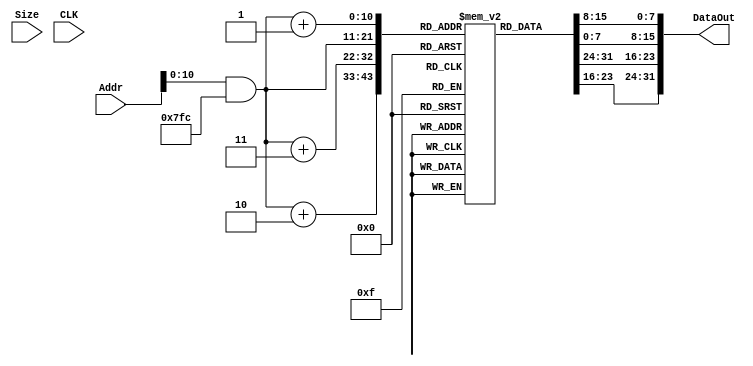

//---------------------------------instruction cache----------------------------------
module InstMem(Addr, Size, DataOut, CLK);
   input [31:0] Addr;
   input [1:0] 	Size;
   output [31:0] DataOut;
   reg [31:0] DataOut;   
   input 	CLK;
   reg [7:0] 	Mem[0:1024];
   wire [31:0] 	AddrW;

   // Addresses are word aligned
   assign AddrW = Addr & 32'hfffffffc;

   // Little endian 
   always @ *
     DataOut = {Mem[AddrW+3], Mem[AddrW+2], 
		Mem[AddrW+1], Mem[AddrW]};
      
endmodule // InstMem

//---------------------------------data cache---------------------------------------------
module DataMem(Addr, Size,load_extend_sign, DataIn, DataOut, WEN, CLK);
   input [31:0] Addr;
   input [1:0] 	Size; 
   input load_extend_sign;  
   input [31:0] DataIn;   
   output [31:0] DataOut;
   reg [31:0] DataOut;   
   input      WEN, CLK;
   reg [7:0] 	Mem[0:1024];

   wire [31:0] 	AddrH, AddrW;

   assign AddrH = Addr & 32'hfffffffe;
   assign AddrW = Addr & 32'hfffffffc;

//load memory
   always @ * 
     DataOut = (Size == 2'b00 && load_extend_sign==1'b1) ? {{24{Mem[Addr][7]}},Mem[Addr]} :  // byte
      (Size == 2'b00 && load_extend_sign==1'b0)?{24'b0,Mem[Addr]}:// unsigned
	       (Size == 2'b01 && load_extend_sign==1'b1) ? {{16{Mem[AddrH+1][7]}},Mem[AddrH+1],Mem[AddrH]} : // half word, 2 bytes
		((Size == 2'b01 && load_extend_sign==1'b0)?{16'b0,Mem[AddrH+1],Mem[AddrH]}: // unsigned
      {Mem[AddrW+3], Mem[AddrW+2], Mem[AddrW+1], Mem[AddrW]}); //word, 4 bytes
 //write to memory  
   always @ (negedge CLK)
     if (!WEN) begin
	case (Size)
	  2'b00: begin // Write byte
	     Mem[Addr] <= DataIn[7:0];
	  end
	  2'b01: begin  // Write halfword
	     Mem[AddrH] <= DataIn[7:0];
	     Mem[AddrH+1] <= DataIn[15:8];
	  end
	  2'b10, 2'b11: begin // Write word
	     Mem[AddrW] <= DataIn[7:0];
	     Mem[AddrW+1] <= DataIn[15:8];
	     Mem[AddrW+2] <= DataIn[23:16];
	     Mem[AddrW+3] <= DataIn[31:24];
	  end
	endcase // case (Size)
     end // if (!WEN)
      
endmodule // InstMem
//---------------------------------------register file----------------------------------
module RegFile(AddrA, DataOutA,
	       AddrB, DataOutB,
	       AddrW, DataInW, WenW, CLK);
   input [4:0] AddrA, AddrB, AddrW;
   output [31:0] DataOutA, DataOutB;
   reg [31:0] DataOutA, DataOutB;   
   input [31:0]  DataInW;
   input 	 WenW, CLK;
   reg [31:0] 	 Mem[0:31];
   
   always @ * begin
      // Remember that x0 == 0
      DataOutA = (AddrA == 0) ? 32'h00000000 : Mem[AddrA];
      DataOutB = (AddrB == 0) ? 32'h00000000 : Mem[AddrB]; 
   end

   always @ (negedge CLK) begin
     if (!WenW) begin
       Mem[AddrW] <= DataInW;
     end
      Mem[0] <= 0; // Enforce the invariant that x0 = 0
   end
   
endmodule // RegFile

// ------------------------------------register----------------------------------
module Reg(Din, Qout, WEN, CLK, RST);
   parameter width = 32;
   input [width-1:0] Din;
   output [width-1:0] Qout;
   input 	      WEN, CLK, RST;

   reg [width-1:0]    Qout;
   
   always @ (negedge CLK or negedge RST)
     if (!RST)
       Qout <= 0;
     else
       if (!WEN)
	 Qout <= Din;
  
endmodule // Reg